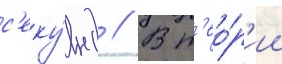
с'еку́нд // В т'ео́р'ии